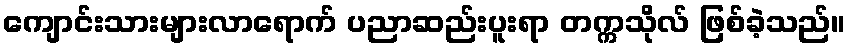
ကျောင်းသားများလာရောက် ပညာဆည်းပူးရာ တက္ကသိုလ် ဖြစ်ခဲ့သည်။